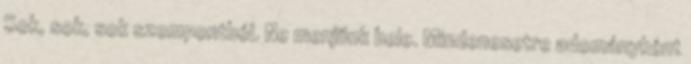
Sok, sok, sok szempontból. Ne menjünk bele. Mindenesetre adományként